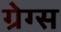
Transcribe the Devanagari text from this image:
ग्रेग्स